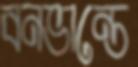
বনভান্তে